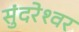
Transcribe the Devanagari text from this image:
सुंदरेश्‍वर